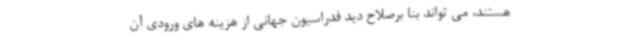
هستند، می تواند بنا برصلاح دید فدراسیون جهانی از هزینه های ورودی آن